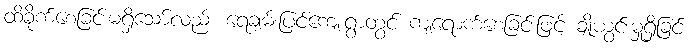
ထိခိုက်စေခြင်းမရှိသော်လည်း ရေချမ်းပြင်ကျေးရွာတွင် ကျရောက်စေခြင်းဖြင့် ချို့ယွင်းမှုရှိခြင်း